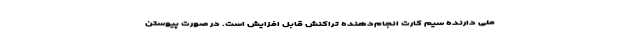
ملی دارنده سیم کارت انجام‌دهنده تراکنش قابل افزایش است. در صورت پیوستن